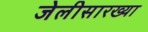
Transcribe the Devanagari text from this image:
जेलीसारख्या